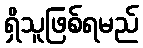
ရှိသူဖြစ်ရမည်